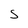
Character: S